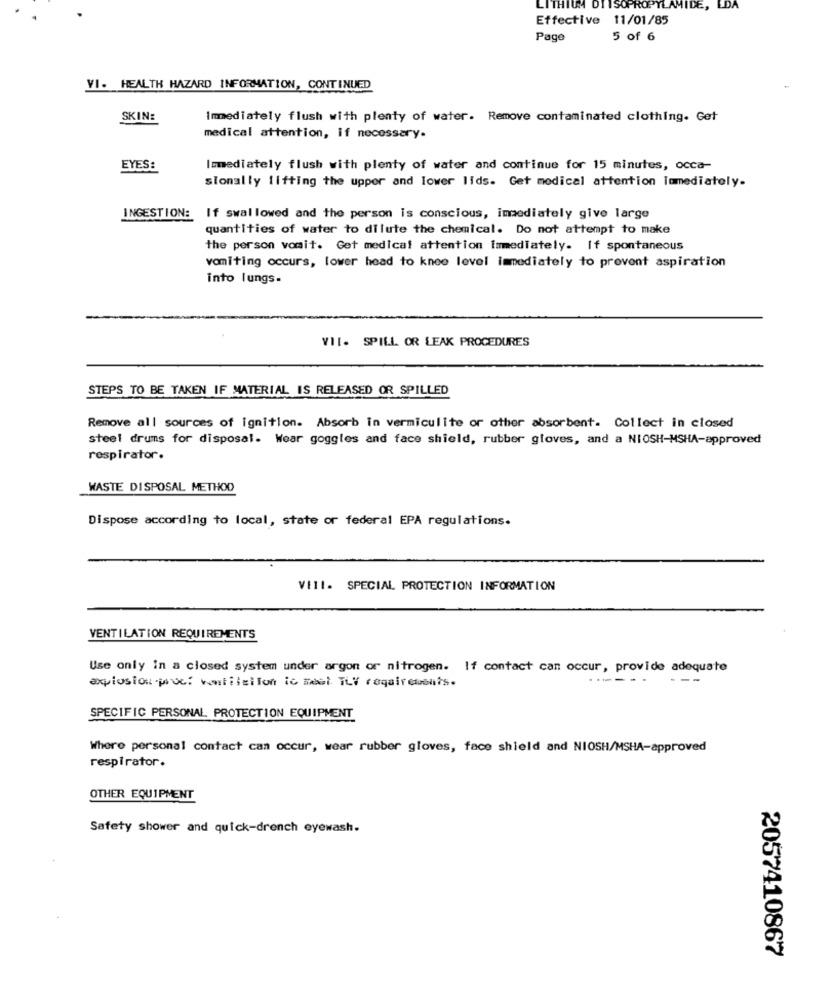
ISOPROPYLAMIDE, LDA
Effective 11/01/85
Page
5 of 6
VI. HEALTH HAZARD INFORMATION, CONTINUED
SKIN:
Immediately flush with plenty of water. Remove contaminated clothing. Get
medical attention, if necessary.
EYES:
Immediately flush with plenty of water and continue for 15 minutes, occa-
sionally lifting the upper and lower lids. Get medical attention Immediately.
INGESTION: If swallowed and the person is conscious, immediately give large
quantities of water to dilute the chemical. Do not attempt to make
the person vomit. Get medical attention Immediately. If spontaneous
vomiting occurs, lower head to knee level immediately to prevent aspiration
into lungs.
VII. SPILL OR LEAK PROCEDURES
STEPS TO BE TAKEN IF MATERIAL IS RELEASED OR SPILLED
Remove all sources of ignition. Absorb in vermiculite or other absorbent. Collect in closed
steel drums for disposal. Wear goggles and face shield, rubber gloves, and a NIOSH-MSHA-approved
respirator.
WASTE DISPOSAL METHOD
Dispose according to local, state or federal EPA regulations.
Vill. SPECIAL PROTECTION INFORMATION
VENTILATION REQUIREMENTS
Use only In a closed system under argon or nitrogen. If contact can occur, provide adequate
explosion proof wetilsilon ic meet TLY requirements.
...
SPECIFIC PERSONAL PROTECTION EQUIPMENT
Where personal contact can occur, wear rubber gloves, face shield and NIOSH/MSHA-approved
respirator.
OTHER EQUIPMENT
Safety shower and quick-drench eyewash.
2057410867